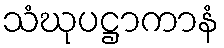
သံဃုပဋ္ဌာကာနံ